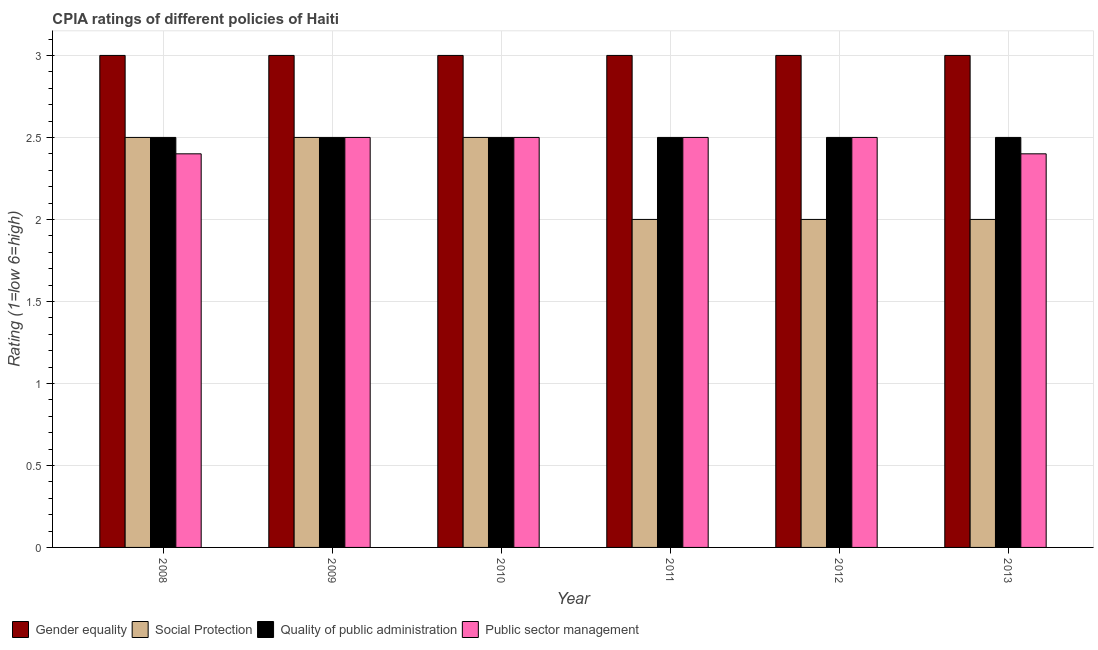
| Year | Gender equality | Social Protection | Quality of public administration | Public sector management |
 | --- | --- | --- | --- | --- |
 | 2008 | 3 | 2.5 | 2.5 | 2.4 |
 | 2009 | 3 | 2.5 | 2.5 | 2.5 |
 | 2010 | 3 | 2.5 | 2.5 | 2.5 |
 | 2011 | 3 | 2 | 2.5 | 2.5 |
 | 2012 | 3 | 2 | 2.5 | 2.5 |
 | 2013 | 3 | 2 | 2.5 | 2.4 |